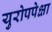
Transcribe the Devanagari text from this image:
युरोपपेक्षा